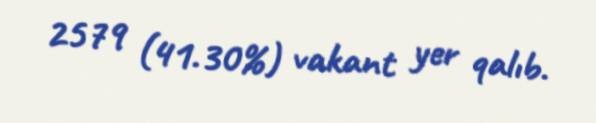
2579 (41.30%) vakant yer qalıb.